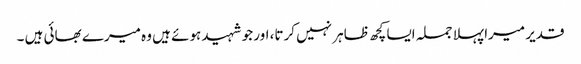
قدیر میرا پہلا جملہ ایسا کچھ ظاہر نہیں کرتا، اور جو شہید ہوئے ہیں وہ میرے بھائی ہیں ۔